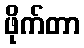
ဖိုက်တာ